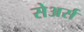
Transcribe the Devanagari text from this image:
सेअर्स